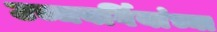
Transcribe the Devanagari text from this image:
उच्चवर्गियांच्या